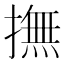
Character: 撫